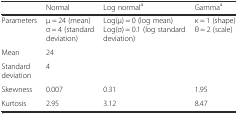
<table><thead><tr><td></td><td><b>Normal</b></td><td><b>Log normal<sup>a</sup></b></td><td><b>Gamma<sup>a</sup></b></td></tr></thead><tbody><tr><td>Parameters</td><td>μ = 24 (mean)σ = 4 (standard deviation)</td><td>Log(μ) = 0 (log mean)Log(σ) = 0.1 (log standard deviation)</td><td>κ = 1 (shape)θ = 2 (scale)</td></tr><tr><td>Mean</td><td colspan="3">24</td></tr><tr><td>Standard deviation</td><td colspan="3">4</td></tr><tr><td>Skewness</td><td>0.007</td><td>0.31</td><td>1.95</td></tr><tr><td>Kurtosis</td><td>2.95</td><td>3.12</td><td>8.47</td></tr></tbody></table>